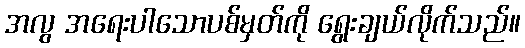
အလွ အရေးပါသောပစ်မှတ်ကို ရွေးချယ်လိုက်သည်။